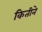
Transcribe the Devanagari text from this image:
कितीने